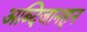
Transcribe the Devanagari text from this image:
अब्दिजानहून